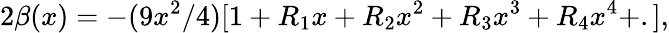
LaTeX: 2\beta(x)=-(9x^{2}/4)[1+R_{1}x+R_{2}x^{2}+R_{3}x^{3}+R_{4}x^{4}+.],